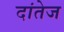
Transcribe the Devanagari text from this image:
दांतेज